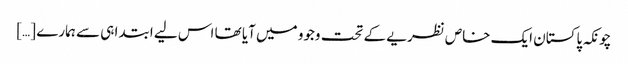
چونکہ پاکستان ایک خاص نظریے کے تحت وجوو میں آیا تھا اس لیے ابتدا ہی سے ہمارے […]